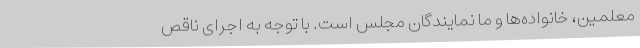
معلمین، خانواده‌ها و ما نمایندگان مجلس است. با توجه به اجرای ناقص